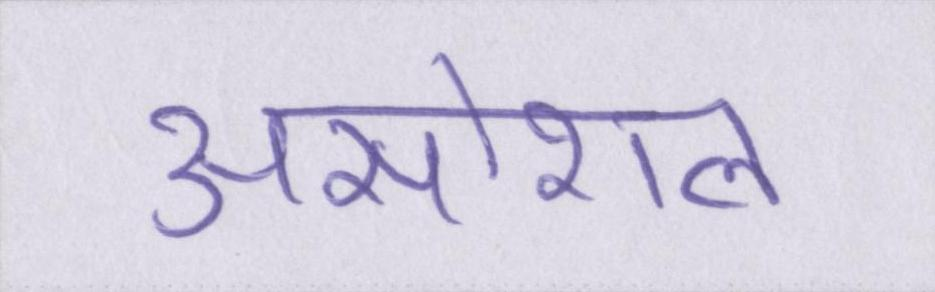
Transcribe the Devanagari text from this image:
असोशल